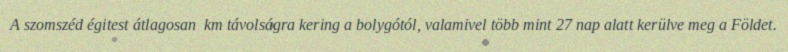
A szomszéd égitest átlagosan  km távolságra kering a bolygótól, valamivel több mint 27 nap alatt kerülve meg a Földet.